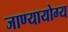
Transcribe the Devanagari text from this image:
जाण्यायोग्य